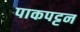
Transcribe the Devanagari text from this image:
पाकपट्टन